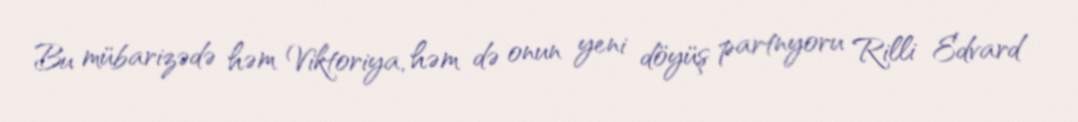
Bu mübarizədə həm Viktoriya, həm də onun yeni döyüş partnyoru Rilli Edvard